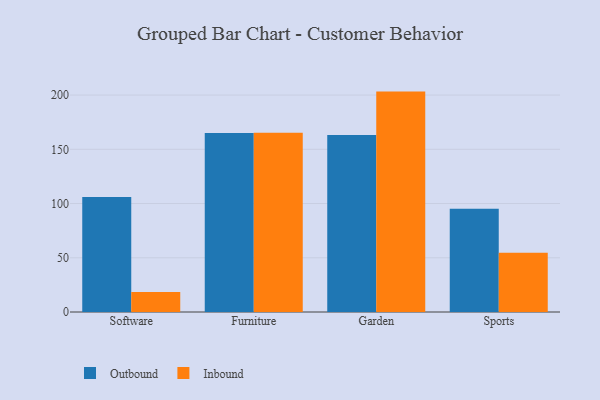
{"axis": {"x": "Category", "y": "Production Output"}, "legend": ["Inbound", "Outbound"], "data": [{"x": "Software", "y": 106.1, "type": "Outbound"}, {"x": "Software", "y": 18.4, "type": "Inbound"}, {"x": "Furniture", "y": 165.1, "type": "Outbound"}, {"x": "Furniture", "y": 165.3, "type": "Inbound"}, {"x": "Garden", "y": 163.3, "type": "Outbound"}, {"x": "Garden", "y": 203.2, "type": "Inbound"}, {"x": "Sports", "y": 95.1, "type": "Outbound"}, {"x": "Sports", "y": 54.7, "type": "Inbound"}]}